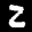
Label: 2